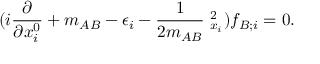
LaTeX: ( i \frac { \partial } { \partial x _ { i } ^ { 0 } } + m _ { A B } - \epsilon _ { i } - \frac { 1 } { 2 m _ { A B } } { \bf \nabla } _ { x _ { i } } ^ { 2 } ) f _ { B ; i } = 0 .